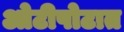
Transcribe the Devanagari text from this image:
ओटीपोटात